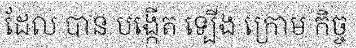
ដែល បាន បង្កើត ទ្បើង ក្រោម កិច្ច